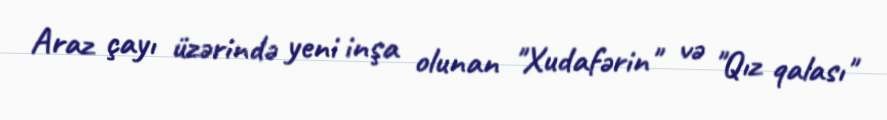
Araz çayı üzərində yeni inşa olunan "Xudafərin" və "Qız qalası"